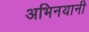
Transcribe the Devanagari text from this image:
अभिनयानी